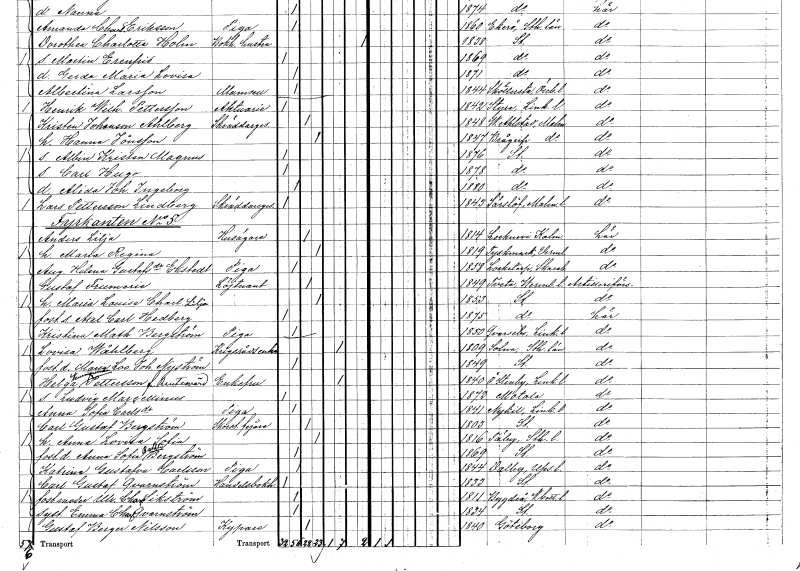
gt_parse: households: individuals: FN: Lars
EN: Pettersson Lindberg
YRKE: Skräddaregesäll
KON: M
CIV: O
FODAR: 1843
FODFORS: Särslöv Malmöhus län
FN: Anders
EN: Lilja
YRKE: Husägare
KON: M
CIV: G
FODAR: 1814
FODFORS: Locknevi Kalmar län
FN: Maria Regina
KON: K
CIV: G
FODAR: 1819
FODFORS: Tyskmark Värmlands län
FN: Augusta Helena
EN: Gustafsdotter Ekstedt
YRKE: Piga
KON: K
CIV: O
FODAR: 1858
FODFORS: Locketorp Skaraborgs län
FN: Gustaf
EN: Frumerie
YRKE: Löjtnant
KON: M
CIV: G
FODAR: 1849
FODFORS: Tveta Värmlands län
FN: Maria Louise Charlotta
EN: Lilja
KON: K
CIV: G
FODAR: 1853
FODFORS: Stockholm
FN: Axel Carl
EN: Hedberg
KON: M
CIV: O
FODAR: 1875
FODFORS: Stockholm
FN: Kristina Mathilda
EN: Bergström
YRKE: Piga
KON: K
CIV: O
FODAR: 1850
FODFORS: Kvarsebo Östergötlands län
FN: Lovisa
EN: Wåhlberg
YRKE: Krigsrådsänka
KON: K
CIV: E
FODAR: 1809
FODFORS: Solna Stockholms län
FN: Maria Lovisa Johanna
EN: Nyström
KON: K
CIV: O
FODAR: 1849
FODFORS: Stockholm
FN: Helga Kunnigunda
EN: Pettersson Reutersvärd
KON: K
CIV: E
FODAR: 1840
FODFORS: Östra Stenby Östergötlands län
FN: Ludvig Marcellinus
KON: M
CIV: O
FODAR: 1872
FODFORS: Motala Östergötlands län
FN: Anna Sofia
EN: Carlsdotter
YRKE: Piga
KON: K
CIV: O
FODAR: 1841
FODFORS: Nykil Östergötlands län
FN: Carl Gustaf
EN: Bergström
YRKE: Skorstensfejare
KON: M
CIV: G
FODAR: 1803
FODFORS: Stockholm
FN: Anna Lovisa Sofia
KON: K
CIV: G
FODAR: 1816
FODFORS: Täby Stockholms län
FN: Anna Sofia Bathli??
EN: Bergström
KON: K
CIV: O
FODAR: 1869
FODFORS: Stockholm
FN: Katrina Gustafva
EN: Carlsson
YRKE: Piga
KON: K
CIV: O
FODAR: 1844
FODFORS: Dalby Uppsala län
FN: Carl Gustaf
EN: Qvarnström
YRKE: Handelsbokhållare
KON: M
CIV: O
FODAR: 1833
FODFORS: Stockholm
FN: Ulrika Charlotta
EN: Sikström
KON: K
CIV: O
FODAR: 1811
FODFORS: Bygdeå Västerbottens län
FN: Emma Charlotta
EN: Qvarnström
KON: K
CIV: O
FODAR: 1834
FODFORS: Stockholm
FN: Gustaf Birger
EN: Nilsson
YRKE: Kypare
KON: M
CIV: G
FODAR: 1840
FODFORS: Göteborg Göteborgs- och Bohuslän